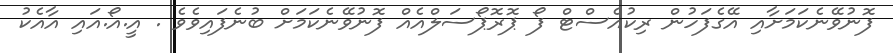
ފޮނުވޭނެކަމަށާއި އޭގެފަހުން ރިކުއެސްޓް ފޯ ޕޮރޮޕޯސަލްއެއް ފޮނުވޭނެކަމަށް ބުނެފައިވެވެ . އީ.އޯ.އައި އާއެކު